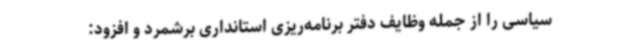
سیاسی را از جمله وظایف دفتر برنامه‌ریزی استانداری برشمرد و افزود: